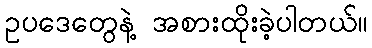
ဥပဒေတွေနဲ့ အစားထိုးခဲ့ပါတယ်။